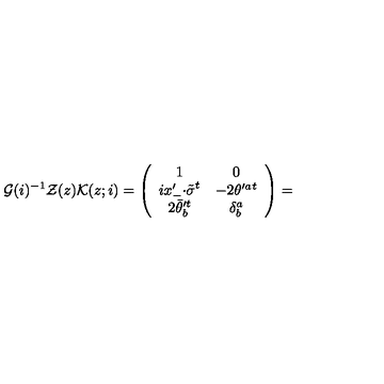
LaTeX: { \cal G } ( i ) ^ { - 1 } { \cal Z } ( z ) { \cal K } ( z ; i ) = \left( \begin{array} { c c } { 1 } & { 0 } \\ { i x _ { - } ^ { \prime } { \cdot \tilde { \sigma } } ^ { t } } & { - 2 \theta ^ { \prime a } { } ^ { t } } \\ { 2 \bar { \theta } _ { b } ^ { \prime t } } & { \delta _ { b } ^ { a } } \\ \end{array} \right) =